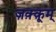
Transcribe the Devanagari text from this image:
ज़क़्क़ूम्